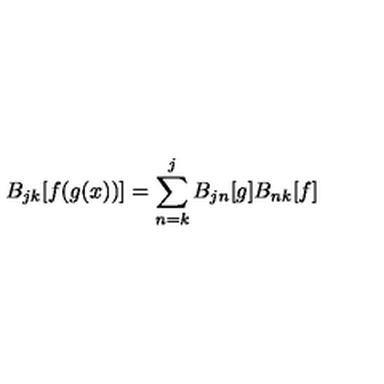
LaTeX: B _ { j k } [ f ( g ( x ) ) ] = \sum _ { n = k } ^ { j } B _ { j n } [ g ] B _ { n k } [ f ]